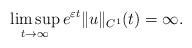
LaTeX: \begin{align*}\limsup_{t\to\infty} e^{\varepsilon t}\|u\|_{C^1}(t)=\infty.\end{align*}